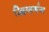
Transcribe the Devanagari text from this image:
द्विजगंग